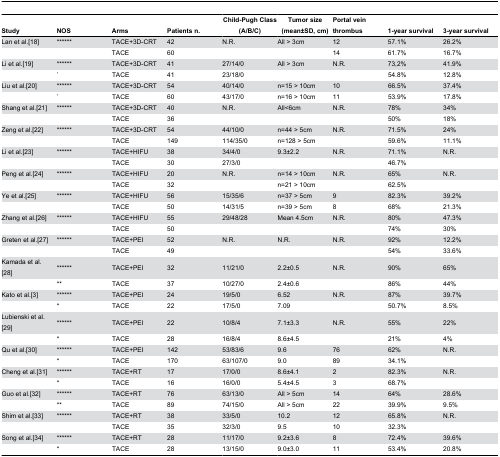
<table><thead><tr><td><b>Study</b></td><td><b>NOS</b></td><td><b>Arms</b></td><td><b>Patients n.</b></td><td><b>Child-Pugh Class (A/B/C)</b></td><td><b>Tumor size (mean±SD, cm)</b></td><td><b>Portal vein thrombus</b></td><td><b>1-year survival</b></td><td><b>3-year survival</b></td></tr></thead><tbody><tr><td>Lan et al.[18]</td><td>******</td><td>TACE+3D-CRT</td><td>42</td><td>N.R.</td><td>All &gt; 3cm</td><td>12</td><td>57.1%</td><td>26.2%</td></tr><tr><td></td><td></td><td>TACE</td><td>60</td><td></td><td></td><td>14</td><td>61.7%</td><td>16.7%</td></tr><tr><td>Li et al.[19]</td><td>******</td><td>TACE+3D-CRT</td><td>41</td><td>27/14/0</td><td>All &gt; 3cm</td><td>N.R.</td><td>73,2%</td><td>41.9%</td></tr><tr><td></td><td>*</td><td>TACE</td><td>41</td><td>23/18/0</td><td></td><td></td><td>54.8%</td><td>12.8%</td></tr><tr><td>Liu et al.[20]</td><td>******</td><td>TACE+3D-CRT</td><td>54</td><td>40/14/0</td><td>n=15 &gt; 10cm</td><td>10</td><td>66.5%</td><td>37.4%</td></tr><tr><td></td><td>*</td><td>TACE</td><td>60</td><td>43/17/0</td><td>n=16 &gt; 10cm</td><td>11</td><td>53.9%</td><td>17.8%</td></tr><tr><td>Shang et al.[21]</td><td>******</td><td>TACE+3D-CRT</td><td>40</td><td>N.R.</td><td>All&lt;6cm</td><td>N.R.</td><td>78%</td><td>34%</td></tr><tr><td></td><td></td><td>TACE</td><td>36</td><td></td><td></td><td></td><td>50%</td><td>18%</td></tr><tr><td>Zeng et al.[22]</td><td>******</td><td>TACE+3D-CRT</td><td>54</td><td>44/10/0</td><td>n=44 &gt; 5cm</td><td>N.R.</td><td>71.5%</td><td>24%</td></tr><tr><td></td><td></td><td>TACE</td><td>149</td><td>114/35/0</td><td>n=128 &gt; 5cm</td><td></td><td>59.6%</td><td>11.1%</td></tr><tr><td>Li et al.[23]</td><td>******</td><td>TACE+HIFU</td><td>38</td><td>34/4/0</td><td>9.3±2.2</td><td>N.R.</td><td>71.1%</td><td>N.R.</td></tr><tr><td></td><td></td><td>TACE</td><td>30</td><td>27/3/0</td><td></td><td></td><td>46.7%</td><td></td></tr><tr><td>Peng et al.[24]</td><td>******</td><td>TACE+HIFU</td><td>20</td><td>N.R.</td><td>n=14 &gt; 10cm</td><td>N.R.</td><td>65%</td><td>N.R.</td></tr><tr><td></td><td></td><td>TACE</td><td>32</td><td></td><td>n=21 &gt; 10cm</td><td></td><td>62.5%</td><td></td></tr><tr><td>Ye et al.[25]</td><td>******</td><td>TACE+HIFU</td><td>56</td><td>15/35/6</td><td>n=37 &gt; 5cm</td><td>9</td><td>82.3%</td><td>39.2%</td></tr><tr><td></td><td></td><td>TACE</td><td>50</td><td>14/31/5</td><td>n=39 &gt; 5cm</td><td>8</td><td>68%</td><td>21.3%</td></tr><tr><td>Zhang et al.[26]</td><td>******</td><td>TACE+HIFU</td><td>55</td><td>29/48/28</td><td>Mean 4.5cm</td><td>N.R.</td><td>80%</td><td>47.3%</td></tr><tr><td></td><td></td><td>TACE</td><td>50</td><td></td><td></td><td></td><td>74%</td><td>30%</td></tr><tr><td>Greten et al.[27]</td><td>******</td><td>TACE+PEI</td><td>52</td><td>N.R.</td><td>N.R.</td><td>N.R.</td><td>92%</td><td>12.2%</td></tr><tr><td></td><td></td><td>TACE</td><td>49</td><td></td><td></td><td></td><td>54%</td><td>33.6%</td></tr><tr><td>Kamada et al.[28]</td><td>******</td><td>TACE+PEI</td><td>32</td><td>11/21/0</td><td>2.2±0.5</td><td>N.R.</td><td>90%</td><td>65%</td></tr><tr><td></td><td>**</td><td>TACE</td><td>37</td><td>10/27/0</td><td>2.4±0.6</td><td></td><td>86%</td><td>44%</td></tr><tr><td>Kato et al.[3]</td><td>******</td><td>TACE+PEI</td><td>24</td><td>19/5/0</td><td>6.52</td><td>N.R.</td><td>87%</td><td>39.7%</td></tr><tr><td></td><td>*</td><td>TACE</td><td>22</td><td>17/5/0</td><td>7.09</td><td></td><td>50.7%</td><td>8.5%</td></tr><tr><td>Lubienski et al.[29]</td><td>******</td><td>TACE+PEI</td><td>22</td><td>10/8/4</td><td>7.1±3.3</td><td>N.R.</td><td>55%</td><td>22%</td></tr><tr><td></td><td>*</td><td>TACE</td><td>28</td><td>16/8/4</td><td>8.6±4.5</td><td></td><td>21%</td><td>4%</td></tr><tr><td>Qu et al.[30]</td><td>******</td><td>TACE+PEI</td><td>142</td><td>53/83/6</td><td>9.6</td><td>76</td><td>62%</td><td>N.R.</td></tr><tr><td></td><td>*</td><td>TACE</td><td>170</td><td>63/107/0</td><td>9.0</td><td>89</td><td>34.1%</td><td></td></tr><tr><td>Cheng et al.[31]</td><td>******</td><td>TACE+RT</td><td>17</td><td>17/0/0</td><td>8.6±4.1</td><td>2</td><td>82.3%</td><td>N.R.</td></tr><tr><td></td><td>*</td><td>TACE</td><td>16</td><td>16/0/0</td><td>5.4±4.5</td><td>3</td><td>68.7%</td><td></td></tr><tr><td>Guo et al.[32]</td><td>******</td><td>TACE+RT</td><td>76</td><td>63/13/0</td><td>All &gt; 5cm</td><td>14</td><td>64%</td><td>28.6%</td></tr><tr><td></td><td>**</td><td>TACE</td><td>89</td><td>74/15/0</td><td>All &gt; 5cm</td><td>22</td><td>39.9%</td><td>9.5%</td></tr><tr><td>Shim et al.[33]</td><td>******</td><td>TACE+RT</td><td>38</td><td>33/5/0</td><td>10.2</td><td>12</td><td>65.8%</td><td>N.R.</td></tr><tr><td></td><td></td><td>TACE</td><td>35</td><td>32/3/0</td><td>9.5</td><td>10</td><td>32.3%</td><td></td></tr><tr><td>Song et al.[34]</td><td>******</td><td>TACE+RT</td><td>28</td><td>11/17/0</td><td>9.2±3.6</td><td>8</td><td>72.4%</td><td>39.6%</td></tr><tr><td></td><td>*</td><td>TACE</td><td>28</td><td>13/15/0</td><td>9.0±3.0</td><td>11</td><td>53.4%</td><td>20.8%</td></tr></tbody></table>